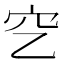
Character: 穵